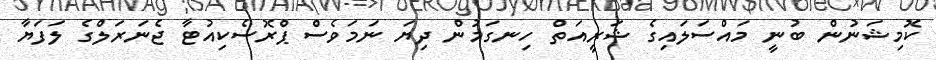
ކޮމިޝަނުން ބުނީ މައްސަލައިގެ ޝަރީއަތް ހިނގަމުން ދިޔަ ނަމަވެސް ޕްރޮސެކިއުޓާ ޖެނަރަލްގެ ލަފަޔާ